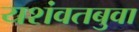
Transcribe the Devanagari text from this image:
यशंवतबुवा